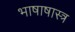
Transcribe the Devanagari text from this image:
भाषाषास्त्र